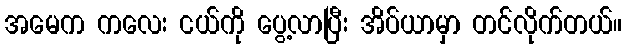
အမေက ကလေး ငယ်ကို ပွေ့လာပြီး အိပ်ယာမှာ တင်လိုက်တယ်။